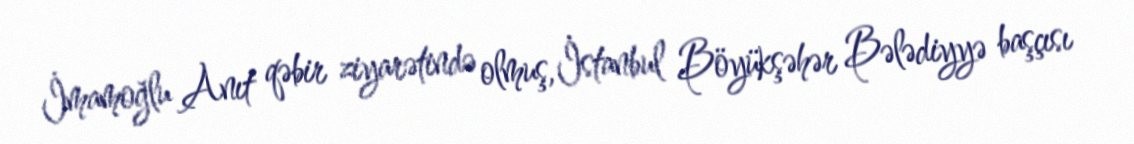
İmamoğlu Anıt qəbir ziyarətində olmuş, İstanbul Böyükşəhər Bələdiyyə başçısı